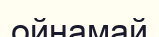
ойнамай